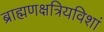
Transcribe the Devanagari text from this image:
ब्राह्मणक्षत्रियविशां